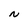
Character: N